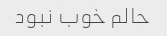
حالم خوب نبود